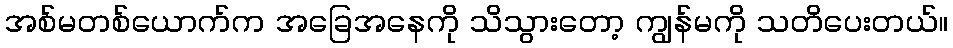
အစ်မတစ်ယောက်က အခြေအနေကို သိသွားတော့ ကျွန်မကို သတိပေးတယ်။